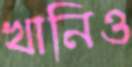
খানিও